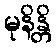
မုနိန္တိ